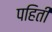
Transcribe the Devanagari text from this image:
पहिती